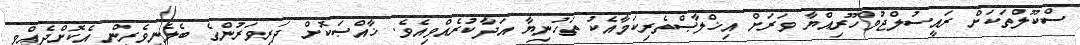
ސްކޫލްތަކަށް ރައީސުލްޖުމްހޫރިއްޔާ ވަރަށް އިޚްލާޞްތެރިކަމާއެކު ތަހުނިޔާ އަދާކުރެއްވިއެވެ. ޚާއްޞަކޮށް ދަރިވަރުންގެ ބެލެނިވެރިން އެކޮށްދެއްވި